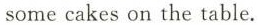
some cakes on the table.